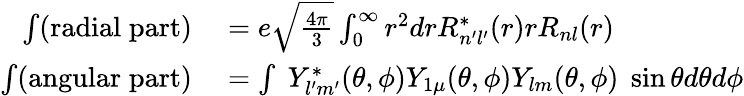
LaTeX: \begin{array}{rl}{\int(\mathrm{radial\; part)}}&{{}=e\sqrt{\frac{4\pi}{3}}\int_{0}^{\infty}r^{2}drR_{n^{\prime}l^{\prime}}^{*}(r)rR_{nl}(r)}\\ {\int(\mathrm{angular\; part)}}&{{}=\int\; Y_{l^{\prime}m^{\prime}}^{*}(\theta,\phi)Y_{1\mu}(\theta,\phi)Y_{lm}(\theta,\phi)\; \sin\theta d\theta d\phi}\end{array}